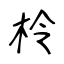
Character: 柃